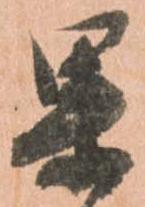
果